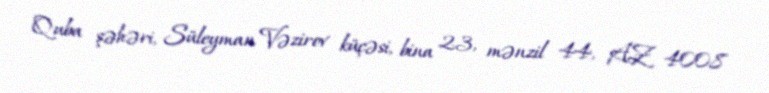
Quba şəhəri, Süleyman Vəzirov küçəsi, bina 23, mənzil 44, AZ 4008